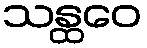
သန္ထဝေ